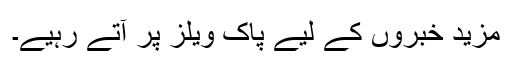
مزید خبروں کے لیے پاک ویلز پر آتے رہیے۔